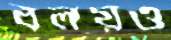
বলয়ও